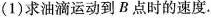
(1)求油滴运动到B点时的速度.